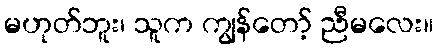
မဟုတ်ဘူး၊ သူက ကျွန်တော့် ညီမလေး။